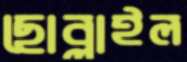
ছোব্‌লাইল